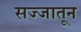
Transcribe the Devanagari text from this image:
सज्जातून